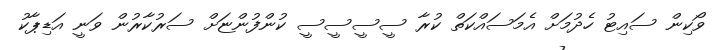
ވޯކިން ސައިޓު ހެދުމަށް އެމަސައްކަތް ކުރާ ސީސީސީސީ ކުންފުންޏަށް ސަރުކާރުން ވަނީ އަޑިޕާކު